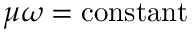
\mu \omega = \mathrm { c o n s t a n t }